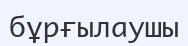
бұрғылаушы